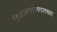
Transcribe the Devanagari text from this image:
हिमालयालगतच्या